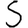
Digit: 5